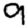
Digit: 9